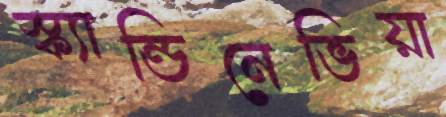
স্ক্যান্ডিনেভিয়া